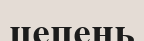
цепень